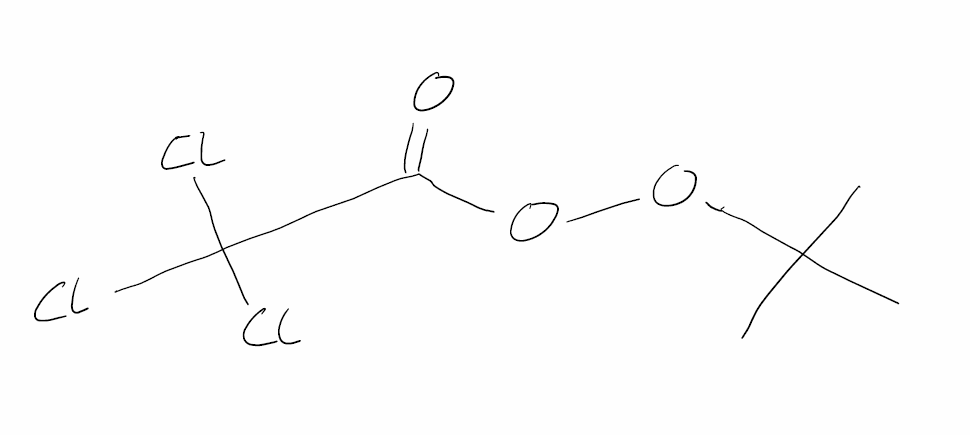
Simplified molecular-input line-entry system (SMILES) notation of the given molecule:
CC(C)(C)OOC(=O)C(Cl)(Cl)Cl